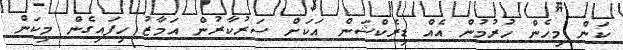
ކަން މިހެން ހުރުމުން އެއް ޑިރެކްޝަން އަކަށް ސަރުކާރުން އަމާޒު ހިފައިގެން މިކަން